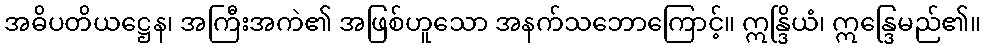
အဓိပတိယဋ္ဌေန၊ အကြီးအကဲ၏ အဖြစ်ဟူသော အနက်သဘောကြောင့်။ ဣန္ဒြိယံ၊ ဣန္ဒြေမည်၏။